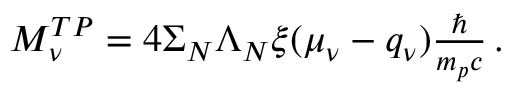
\begin{array} { r } { M _ { \nu } ^ { T P } = 4 \Sigma _ { N } \Lambda _ { N } \xi ( \mu _ { \nu } - q _ { \nu } ) \frac { \hbar } { m _ { p } c } \, . } \end{array}